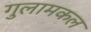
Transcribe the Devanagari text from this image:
गुलामकल